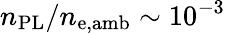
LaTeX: n_{\mathrm{PL}}/n_{\mathrm{e,amb}}\sim 10^{-3}